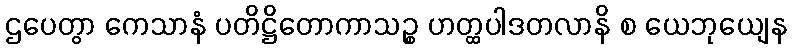
ဌပေတွာ ကေသာနံ ပတိဋ္ဌိတောကာသဉ္စ ဟတ္ထပါဒတလာနိ စ ယေဘုယျေန